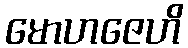
မောဟဇေဟိ